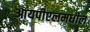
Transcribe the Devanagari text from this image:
आयपीएलमधील